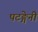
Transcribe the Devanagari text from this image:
पटङ्गेनी